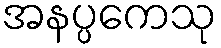
အနပ္ပကေသု